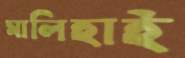
মালিহাই